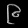
Digit: ၉